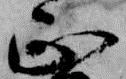
正